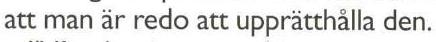
att man är redo att uppratthålla den.